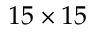
1 5 \times 1 5